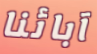
آبائنا